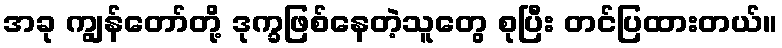
အခု ကျွန်တော်တို့ ဒုက္ခဖြစ်နေတဲ့သူတွေ စုပြီး တင်ပြထားတယ်။